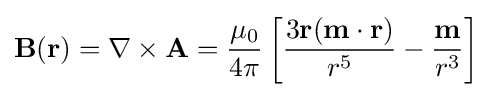
\mathbf {B} ({\mathbf {r} })=\nabla \times {\mathbf {A} }={\frac {\mu _{0}}{4\pi }}\left[{\frac {3\mathbf {r} (\mathbf {m} \cdot \mathbf {r} )}{r^{5}}}-{\frac {\mathbf {m} }{r^{3}}}\right]